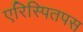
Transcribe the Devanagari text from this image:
एरिस्पितपस